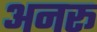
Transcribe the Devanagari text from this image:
अनरू